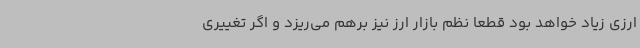
ارزی زیاد خواهد بود قطعا نظم بازار ارز نیز برهم می‌ریزد و اگر تغییری